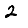
Digit: 2